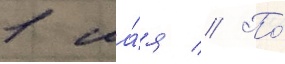
1 ма́я // По́